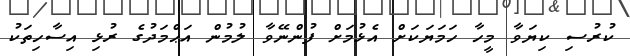
ކުރުސި ކިޔަވާ މީހާ ހަމަޔަކަށް އެޅުމަށް ފުންނޭވާ ލުމުން އަޙްމަދުގެ ރުޅި އިސާހިތަކު